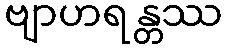
ဗျာဟရန္တဿ